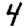
Digit: 4